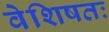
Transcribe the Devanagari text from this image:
वेशिषतः